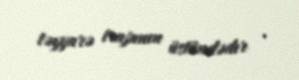
təyyarə trapının üstündədır .